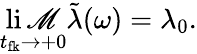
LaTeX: \operatorname*{li\mathscr{M}}_{t_{\mathrm{{fk}}}\rightarrow+0}\tilde{{\lambda}}(\omega)=\lambda_{0}.